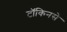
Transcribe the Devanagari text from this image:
टॉकिनसे